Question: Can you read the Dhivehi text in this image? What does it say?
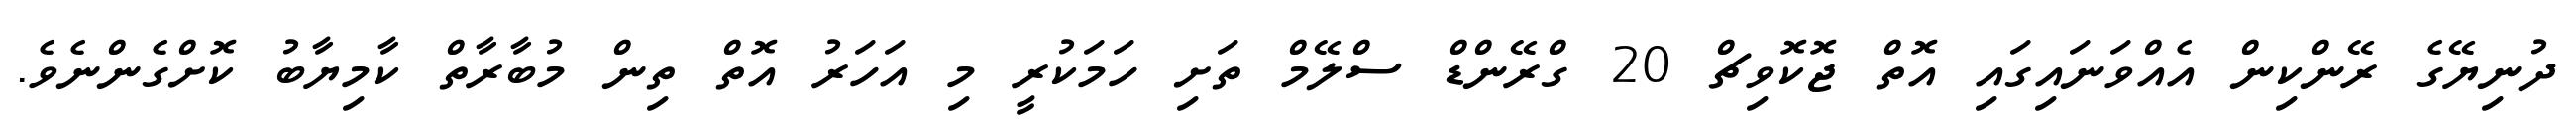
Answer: ދުނިޔޭގެ ރޭންކިން އެއްވަނައިގައި އޮތް ޖޮކޮވިޗް 20 ގްރޭންޑް ސްލޭމް ތަށި ހަމަކުރީ މި އަހަރު އޮތް ތިން މުބާރާތް ކާމިޔާބު ކޮށްގެންނެވެ.